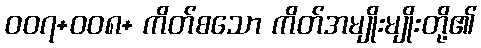
၀၀၇+၀၀၈+ ကိတ်စသော ကိတ်အမျိုးမျိုးတို့၏